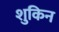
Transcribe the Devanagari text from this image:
शुकिन